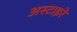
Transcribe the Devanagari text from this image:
अस्टाइरे